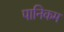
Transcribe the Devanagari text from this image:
पानिकम